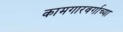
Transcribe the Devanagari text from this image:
कामगारवर्गाच्या